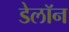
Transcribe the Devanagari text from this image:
डेलॉन